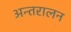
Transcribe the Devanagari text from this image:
अन्तरालन